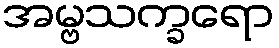
အမ္ဗသက္ခရော